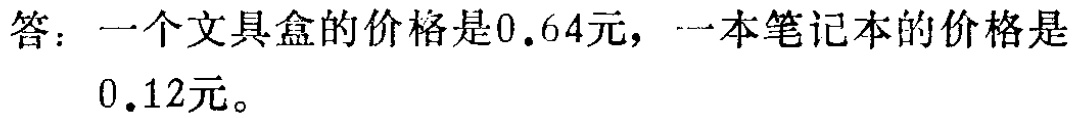
答：一个文具盒的价格是\(0.64\)元，一本笔记本的价格是\(0.12\)元。